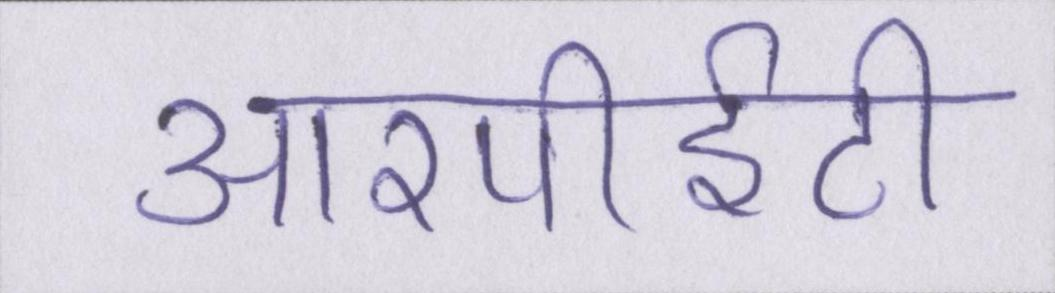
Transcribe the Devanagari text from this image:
आरपीईटी